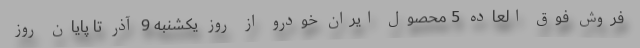
فروش فوق العاده 5 محصول ایران خودرو از روز یکشنبه 9 آذر تا پایان روز